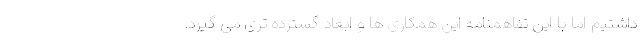
داشتیم اما با این تفاهمنامه این همکاری ها و ابعاد گسترده تری می گیرد.